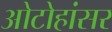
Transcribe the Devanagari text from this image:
ओटोहांसर